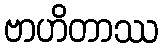
ဗာဟိတာဿ